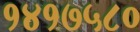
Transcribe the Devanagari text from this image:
१४१७५८०